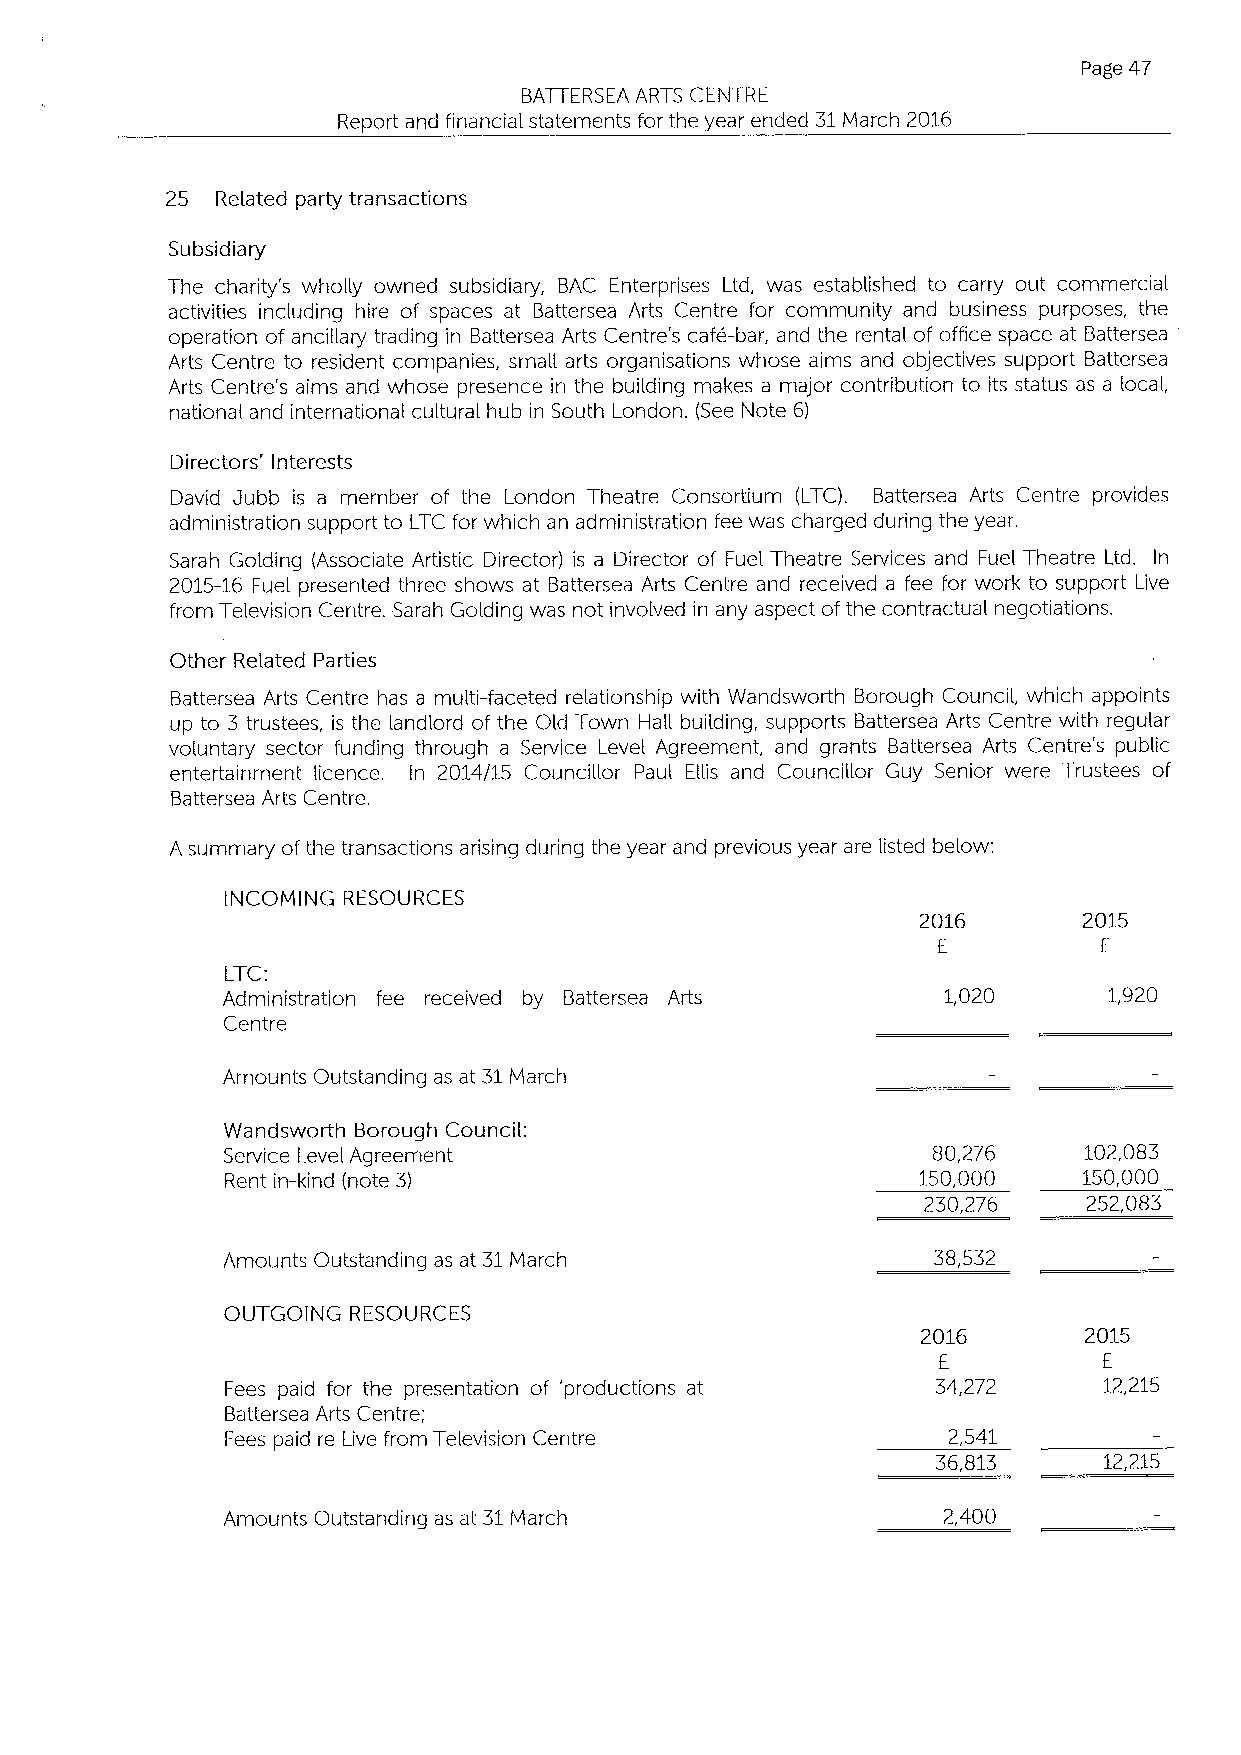
Page 47
 BATTERSEA ARTS CENTRE
 Report and financial statements for the year ended 31March 2016
 25 Related party transactions
 Subsidiary
 The charity's wholly owned subsidiary, BAC Enterprises Ltd, was established to carry out commercial
 activities including hire of spaces at Battersea Arts Centre for community and business purposes, the
 operation of anciHary trading in Battersea Arts Centre's cafe-bar, and the rental of office space at Battersea
 Arts Centre to resident companies, small arts organisations whose aims and objectives support Battersea
 Arts Centre's aims and whose presence in the building makes a major contribution to its status as a local,
 national and international cultural hub in South London. (See Note 6)
 Directors' Interests
 David Jubb is a member of the London Theatre Consortium (LTC). Battersea Arts Centre provides
 administration support to LTC for which an administration fee was charged during the year.
 Sarah Golding (Associate Artistic Director) is a Director of Fuel Theatre Services and Fuel Theatre Ltd. In
 2015-16 Fuel presented three shows at Battersea Arts Centre and received a fee for work to support Live
 from Television Centre. Sarah Golding was not involved in any aspect ofthe contractual negotiations.
 Other Related Parties
 Battersea Arts Centre has a multi-faceted relationship with Wandsworth Borough Council, which appoints
 up to 3 trustees, is the landlord of the Old Town Hali building, supports Battersea Arts Centre with regular
 voluntary sector funding through a Service Level Agreement, and grants Battersea Arts Centre's public
 entertainment licence. In 2014/15 CounciHor Paul. EHis and CounciHor Guy Senior were Trustees of
 Battersea Arts Centre.
 A summary ofthe transactions arising during the year and previous year are listed below;
 INCOMING RESOURCES
 2016       2015
 E          E
 LTC:
 Administration fee received by Battersea Arts  1,020      1,920
 Centre
 Amounts Outstanding as at 31March
 Wandsworth Borough Council:
 Service Level Agreement                        80,276    102,083
 Rent in-kind (note 3)                         150,000    150,000
 230,276    252,083
 Amounts Outstanding as at 31March              38,532
 OUTGOING RESOURCES
 2016       2015
 E          E
 Fees paid for the presentation of 'productions at 34,272  12,215
 Battersea Arts Centre;
 Fees paid re Live from Television Centre        2,541
 36,813     12,215
 Amounts Outstanding as at 31March              2,400